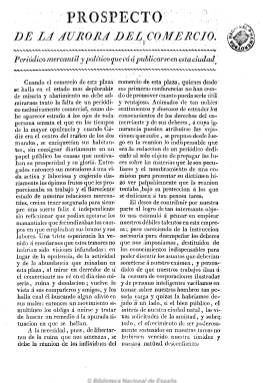
Título: La Aurora del comercio
Colección: Periódicos anteriores a 1850
Ámbito geográfico: Cádiz
Lugar de publicación: Cádiz
Fechas: 01/02/1822-01/02/1822

El número de periódicos liberales que se publica en Cádiz durante el Trienio Liberal es elevado, aunque en su mayor parte son de escasa duración. Este es el caso de La Aurora del comercio, cuyo prospecto se publica en febrero de 1822 y en el que se anuncia la aparición de un periódico mercantil y político para el 1 de marzo de ese mismo año. Según se menciona en un número del Diario mercantil de Cádiz, el periódico se suspendió el día 22 de marzo de 1822.